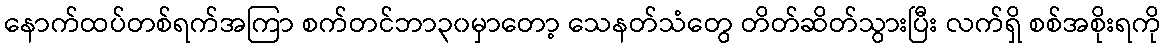
နောက်ထပ်တစ်ရက်အကြာ စက်တင်ဘာ၃၀မှာတော့ သေနတ်သံတွေ တိတ်ဆိတ်သွားပြီး လက်ရှိ စစ်အစိုးရကို